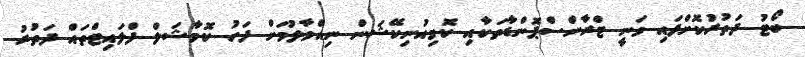
ބޯޓު ދަތުރުކޮށްފައި ވަނީ ޓްރާންސްޕޮންޑާތަކާއި ކޮމިއުނިކޭޝަން ނިއްވާލުމަށް ފަހު ކޮމާޝަލް ފްލައިޓްތައް ދަތުރު